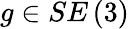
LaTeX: g\in SE\left(3\right)